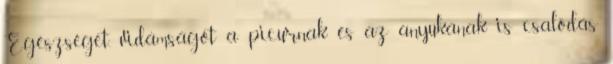
Egészséget, vidámságot a picurnak és az anyukának is csalódás